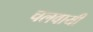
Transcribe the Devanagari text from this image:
चलवायी